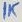
Text: 1k